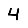
Digit: 4